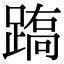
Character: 𨃧